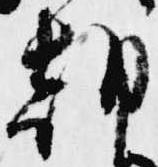
朝